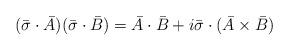
LaTeX: \begin{align*}(\bar{\sigma}\cdot\bar{A})(\bar{\sigma}\cdot\bar{B})=\bar{A}\cdot\bar{B}+i\bar{\sigma}\cdot(\bar{A}\times\bar{B})\end{align*}